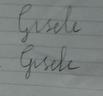
Signature authenticity: forged